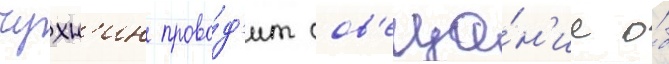
чухн'ин прово́д'ит сов'еща́н'ие о́б